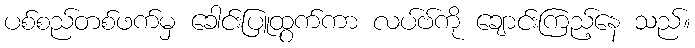
ပစ်စည်တစ်ဖက်မှ ခေါင်းပြူထွက်ကာ လပ်ဗ်ကို ချောင်းကြည့်နေ သည်။